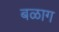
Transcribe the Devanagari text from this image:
बळाग